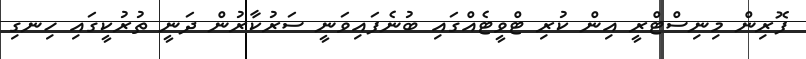
ފޮރިން މިނިސްޓްރީ އިން ކުރި ޓްވީޓެއްގައި ބުނެފައިވަނީ ސަރުކާރުން ދަނީ ތުރުކީގައި ހިނގި